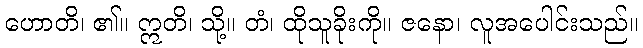
ဟောတိ၊ ၏။ ဣတိ၊ သို့။ တံ၊ ထိုသူခိုးကို။ ဇနော၊ လူအပေါင်းသည်။